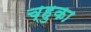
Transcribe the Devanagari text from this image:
च्हुका